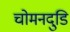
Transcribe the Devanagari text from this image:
चोमनदुडि